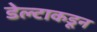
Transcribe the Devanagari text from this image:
डेल्टाकडून